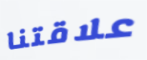
علاقتنا